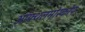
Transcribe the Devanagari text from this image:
ऑफ्थलमोस्कोप